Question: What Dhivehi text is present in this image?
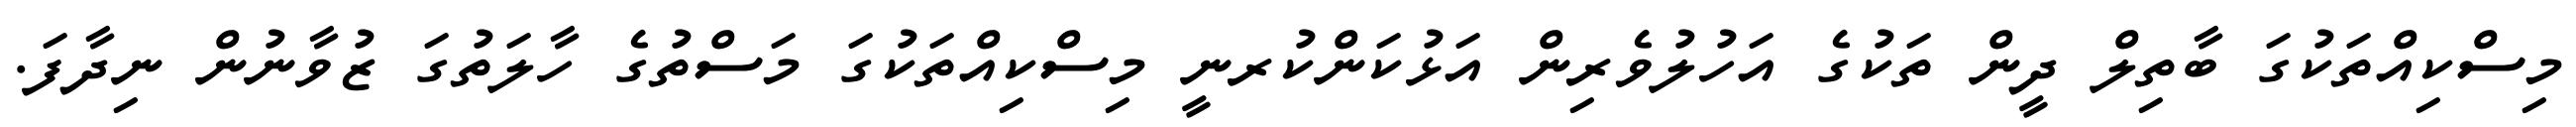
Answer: މިސްކިއްތަކުގަ ބާތިލް ދީން ތަކުގެ އަހުލުވެރިން އަޅުކަންކުރނީ މިސްކިއްތަކުގަ މަސްތުގެ ހާލަތުގަ ޒުވާނުން ނިދާފަ.